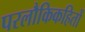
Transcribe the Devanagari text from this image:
परलौकिकहितों